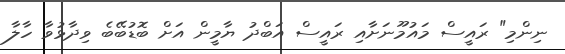
ނިންމި" ރައީސް މައުމޫނަށާއި ރައީސް އަބްދު ޔާމީން އަށް ބޮޑުބޭބެ ވިދާޅުވާ ހާލާ